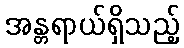
အန္တရာယ်ရှိသည့်